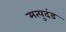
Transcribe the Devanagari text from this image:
मत्युदंड